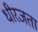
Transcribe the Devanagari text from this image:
धीरजता